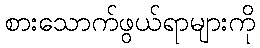
စားသောက်ဖွယ်ရာများကို